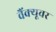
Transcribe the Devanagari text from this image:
वैंक्यूवर